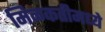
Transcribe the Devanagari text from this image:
मिळकतीमध्ये